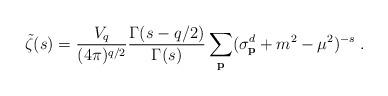
LaTeX: \begin{align*}\tilde{\zeta}(s)=\frac{V_q}{(4\pi)^{q/2}}\frac{\Gamma(s-q/2)}{\Gamma(s)} \sum_{\bf p}(\sigma^d_{\bf p}+m^2-\mu^2)^{-s}\;.\end{align*}